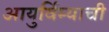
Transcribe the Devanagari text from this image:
आयुर्विम्याची